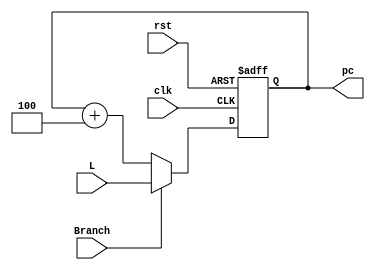
`timescale 1ns / 1ps
//////////////////////////////////////////////////////////////////////////////////
// Company: 
// Engineer: 
// 
// Design Name: 
// Module Name:    program_counter 
// Project Name: 
// Target Devices: 
// Tool versions: 
// Description: 
//
// Dependencies: 
//
// Revision: 
// Revision 0.01 - File Created
// Additional Comments: 
//
//////////////////////////////////////////////////////////////////////////////////
module program_counter(
    input clk,
    input rst,
    input Branch,
    input [31:0] L,
    output reg [31:0] pc
    );

	always @(negedge clk or posedge rst) 
	begin
		if(rst) begin
			pc=12'd0;
		end
		else begin
			if(Branch)
				pc=L; 
			else
				pc=pc+4'b0100; 
		end
	end
endmodule